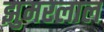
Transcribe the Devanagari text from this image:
झुमरलाल